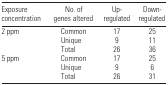
<table><thead><tr><td><b>Exposure concentration</b></td><td><b>No. of genes altered</b></td><td><b>Up-regulated</b></td><td><b>Down-regulated</b></td></tr></thead><tbody><tr><td>2 ppm</td><td>Common</td><td>17</td><td>25</td></tr><tr><td></td><td>Unique</td><td>9</td><td>11</td></tr><tr><td></td><td>Total</td><td>26</td><td>36</td></tr><tr><td>5 ppm</td><td>Common</td><td>17</td><td>25</td></tr><tr><td></td><td>Unique</td><td>9</td><td>6</td></tr><tr><td></td><td>Total</td><td>26</td><td>31</td></tr></tbody></table>